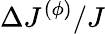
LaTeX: \Delta J^{(\phi)}/J